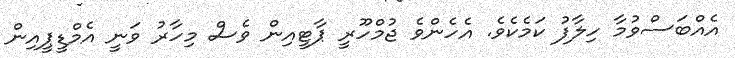
އެއްބަސްވުމާ ހިލާފު ކަމެކެވެ. އެހެންވެ ޖުމްހޫރީ ޕާޓީއިން ވެސް މިހާރު ވަނީ އެމްޑީޕީއިން